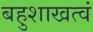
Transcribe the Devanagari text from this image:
बहुशाखत्वं